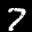
Label: 7